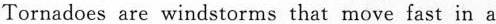
Tornadoes are windstorms that move fast in a